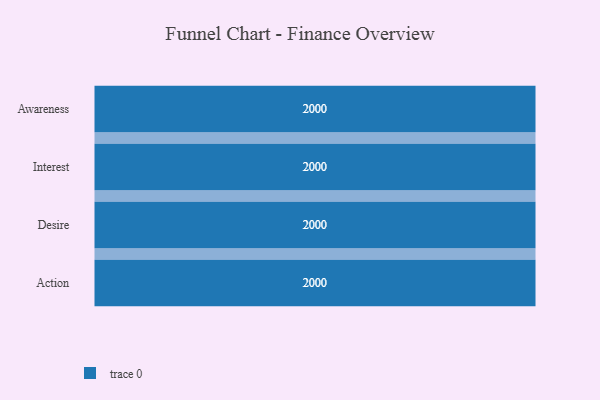
{"axis": {"x": "Stage", "y": "Value"}, "legend": [""], "data": [{"x": "Awareness", "y": 2000, "type": ""}, {"x": "Interest", "y": 2000, "type": ""}, {"x": "Desire", "y": 2000, "type": ""}, {"x": "Action", "y": 2000, "type": ""}]}